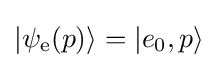
|\psi _{\mathrm {e} }(p)\rangle =|e_{0},p\rangle